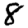
Digit: 8